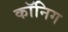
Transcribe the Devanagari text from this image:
कॉनिग